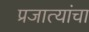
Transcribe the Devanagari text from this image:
प्रजात्यांचा